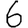
Digit: 6